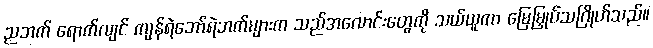
ညဘက် ရောက်လျင် ကျန်ရဲဘော်ရဲဘက်များက သည်အလောင်းတွေကို သယ်ယူကာ မြေမြှုပ်သဂြိုဟ်သည်။